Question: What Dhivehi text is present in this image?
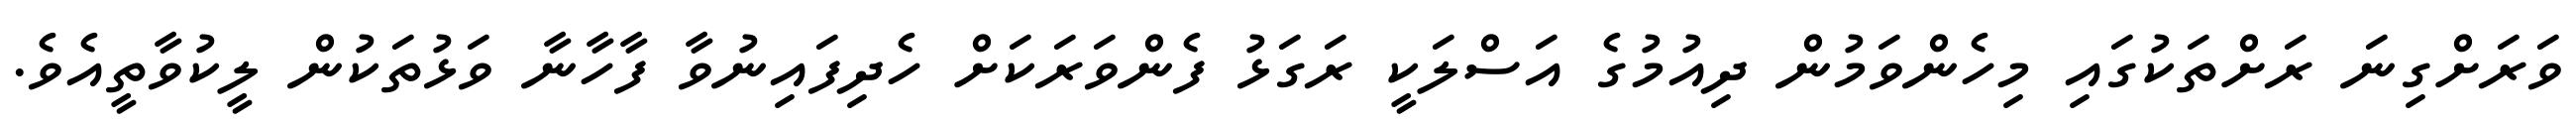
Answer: ވަރަށްގިނަ ރަށްތަކުގައި މިހެންވަމުން ދިއުމުގެ އަސްލަކީ ރަގަޅު ފެންވަރަކަށް ހެދިފައިނުވާ ފާހާނާ ވަޅުތަކުން ލީކުވާތީއެވެ.